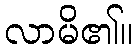
လာမိ၏။